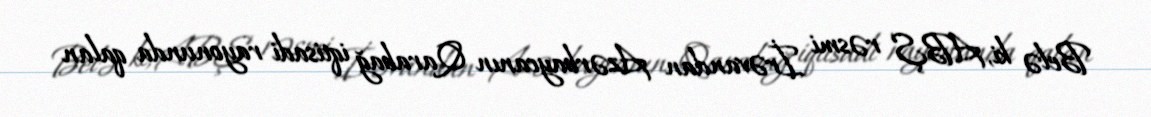
Belə ki, ABŞ rəsmi İrəvandan Azərbaycanın Qarabağ iqtisadi rayonunda qalan